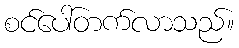
စင်ပေါ်တက်လာသည်။